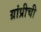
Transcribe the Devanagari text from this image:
ग्रांप्रीची